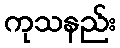
ကုသနည်း